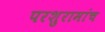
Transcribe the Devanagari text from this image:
परशुरामांच